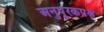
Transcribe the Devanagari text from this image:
अनुपूरकप्रश्न